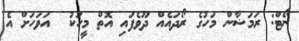
ނޯޓް: ރަމަޟާން މަހުގެ ރޯދައެއް ދޫވެފައި އޮތް މީހަކު  އަވަހަށް އެ